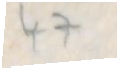
47